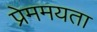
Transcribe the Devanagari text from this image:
प्रेममयता